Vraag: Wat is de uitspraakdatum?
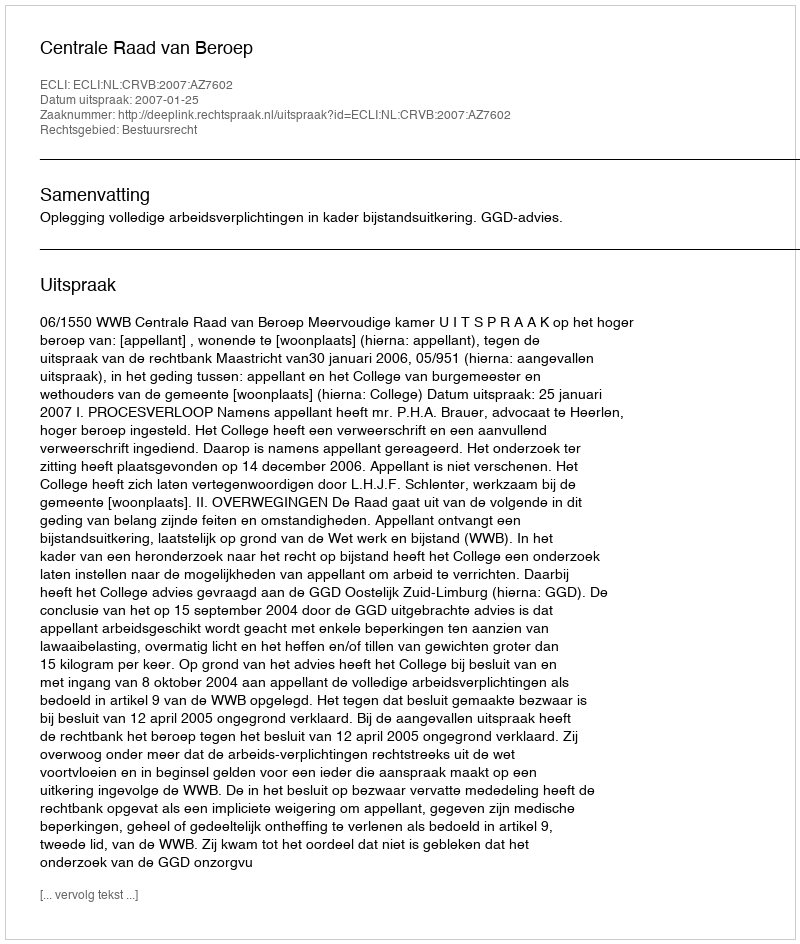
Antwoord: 2007-01-25